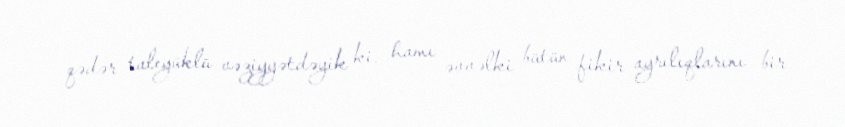
qədər taleyüklü vəziyyətdəyik ki, hamı əvvəlki bütün fikir ayrılıqlarını bir